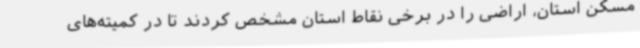
مسکن استان، اراضی را در برخی نقاط استان مشخص کردند تا در کمیته‌های